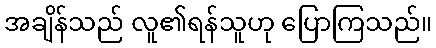
အချိန်သည် လူ၏ရန်သူဟု ပြောကြသည်။